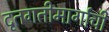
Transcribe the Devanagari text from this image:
दृतगतीमार्गाची